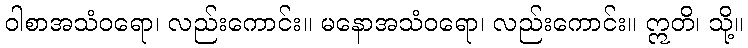
ဝါစာအသံဝရော၊ လည်းကောင်း။ မနောအသံဝရော၊ လည်းကောင်း။ ဣတိ၊ သို့။